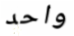
واحد